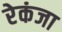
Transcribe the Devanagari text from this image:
रेकंजा